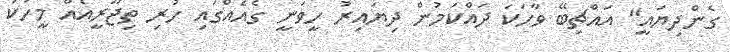
ގެންދިޔައީ" އައްޗިބޭ ވާހަކަ ދައްކަމުން ދިޔައިރު ހީވަނީ ގެއެއްގައި ހުރި ތިޖޫރީއެއް މީހަކު